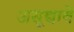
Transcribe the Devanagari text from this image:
असूद्यावे